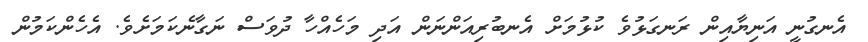
އެނގުނީ އަނިޔާއިން ރަނގަޅުވެ ކުޅުމަށް އެނބުރިއަންނަން އަދި މަހެއްހާ ދުވަސް ނަގާނެކަމަށެވެ. އެހެންކަމުން